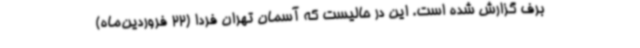
برف گزارش شده است. این در حالیست که آسمان تهران فردا (22 فروردین‌ماه)